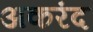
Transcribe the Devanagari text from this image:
अकरंद